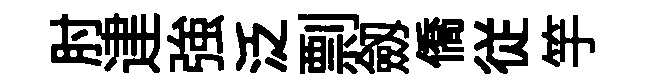
肘䢖強泛剽劔僑従竽